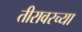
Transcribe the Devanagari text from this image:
तीरावरच्या